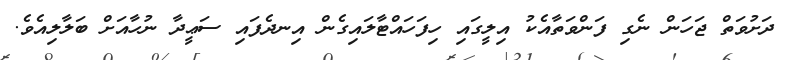
ދަށުވަތް ޖަހަން ނެގި ފަންވަތާއެކު އިލީގައި ހިފަހައްޓާލައިގެން އިނދެފައި ސަޢީދާ ނުހާއަށް ބަލާލިއެވެ.